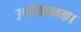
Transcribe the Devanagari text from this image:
उपदेशात्मक।